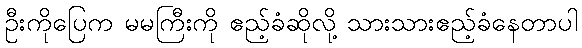
ဦးကိုပြေက မမကြီးကို ဧည့်ခံဆိုလို့ သားသားဧည့်ခံနေတာပါ